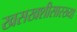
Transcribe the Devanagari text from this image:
खसखशीसारख्या